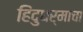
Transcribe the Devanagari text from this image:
हिंदुधर्माचा